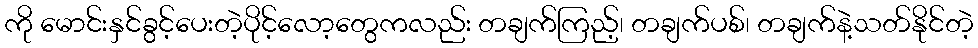
ကို မောင်းနှင်ခွင့်ပေးတဲ့ပိုင့်လော့တွေကလည်း တချက်ကြည့်၊ တချက်ပစ်၊ တချက်နဲ့သတ်နိုင်တဲ့